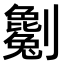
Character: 𠠥